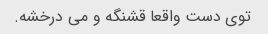
توی دست واقعا قشنگه و می درخشه.